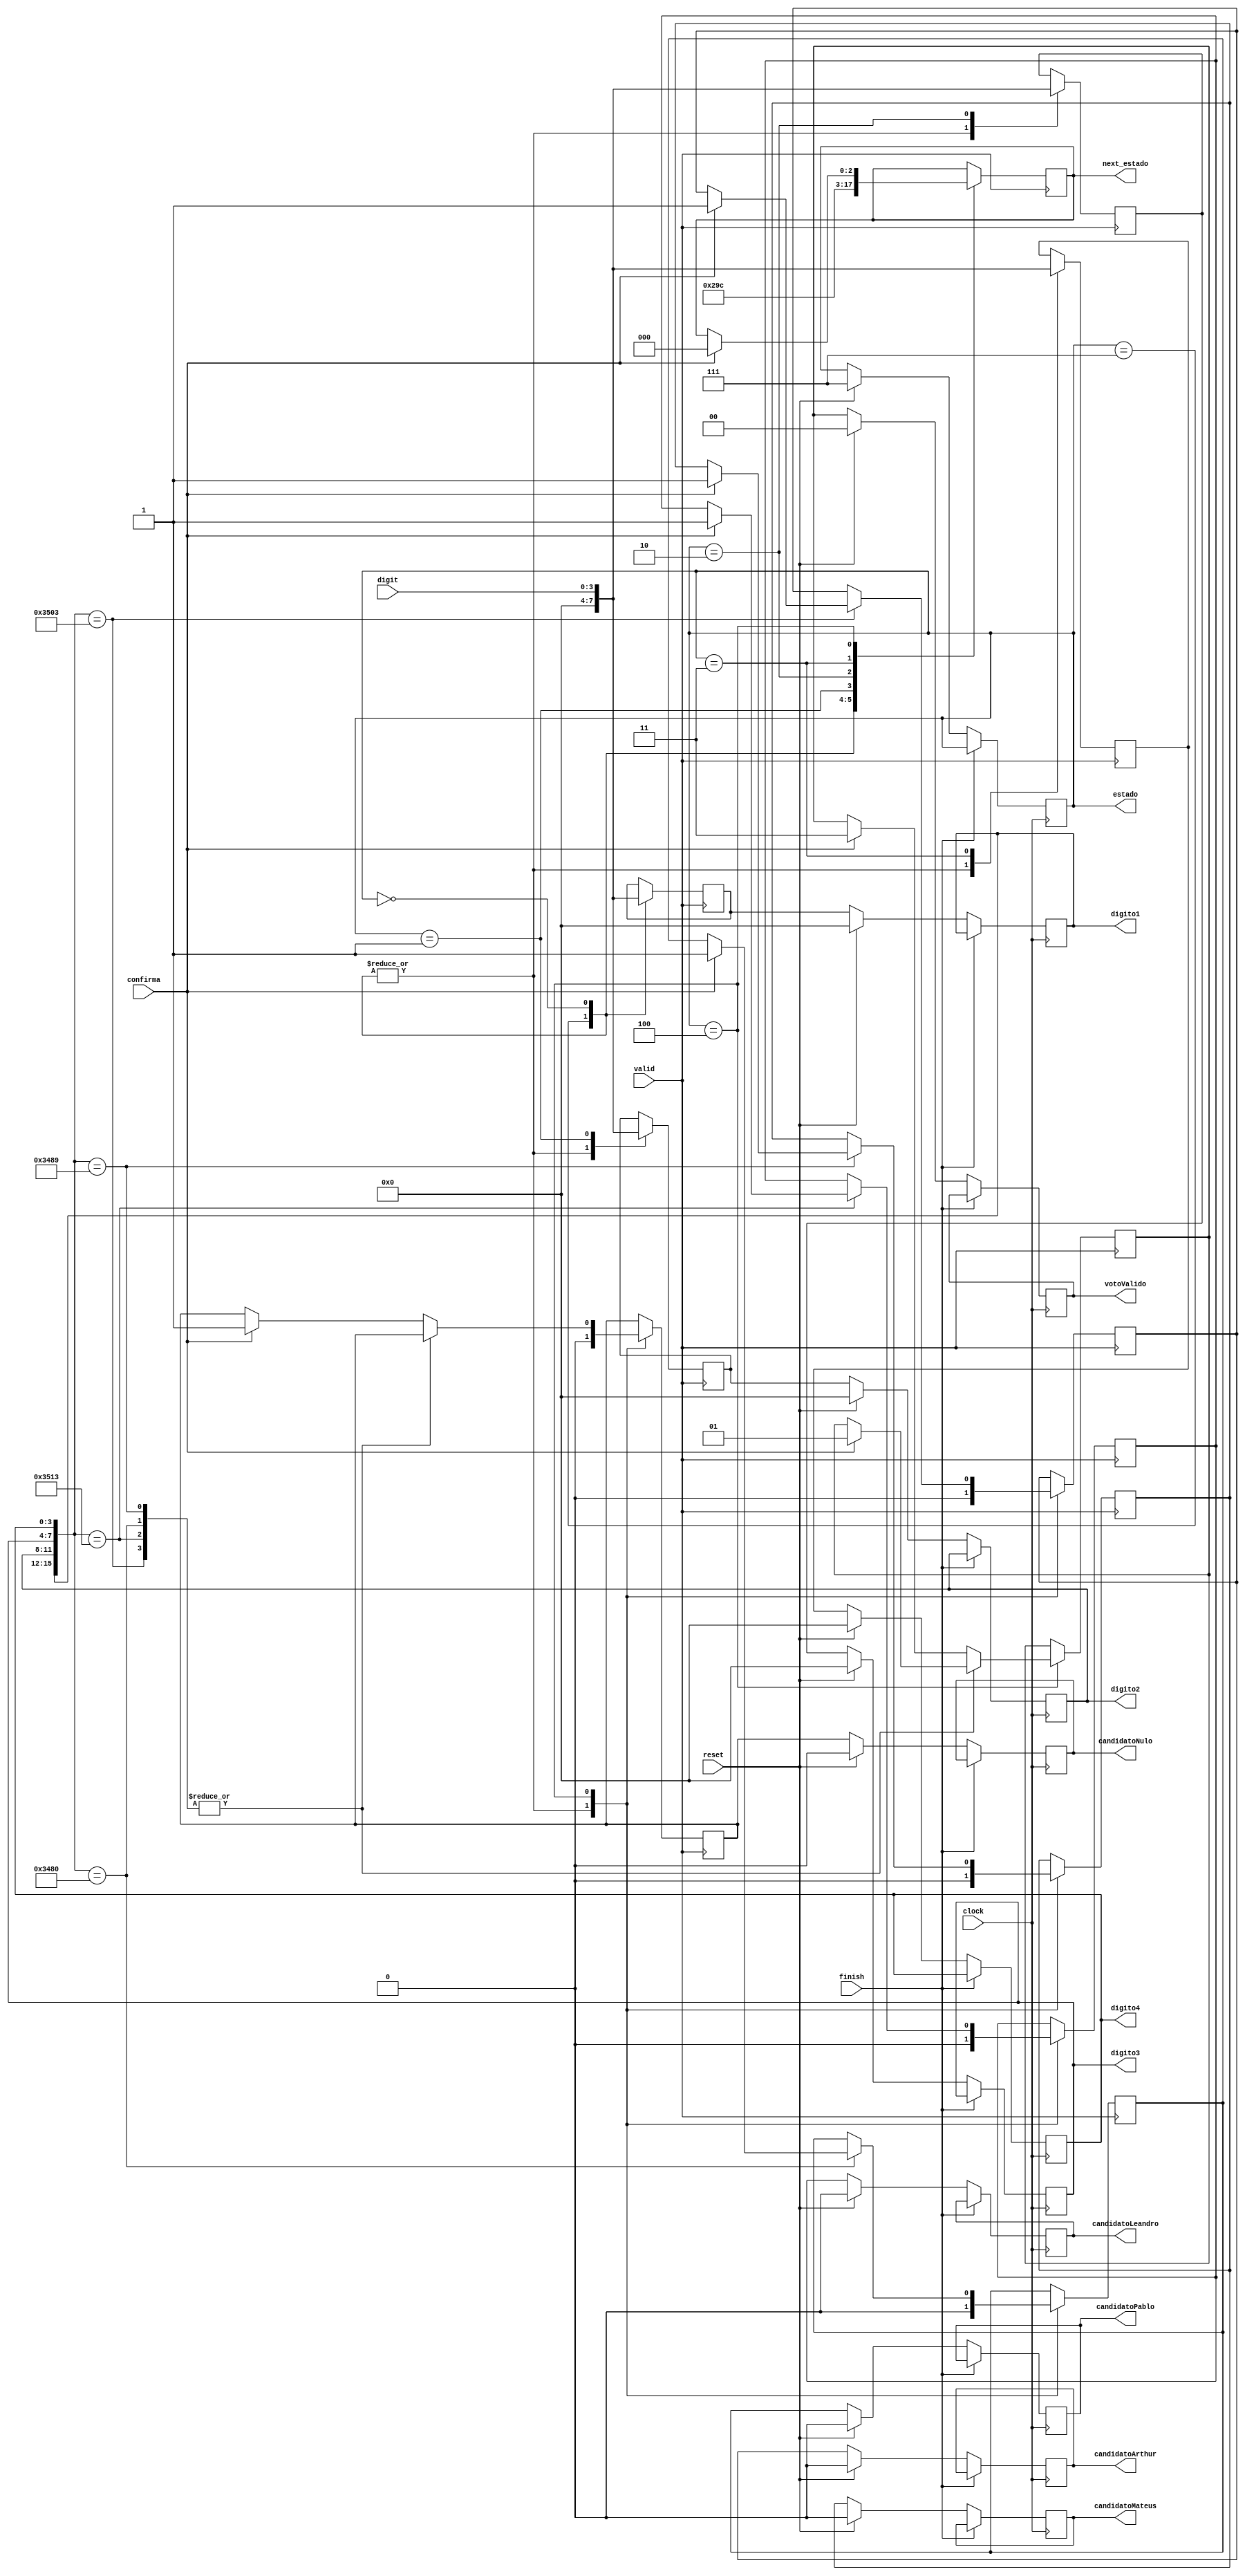
module urna(valid, estado, next_estado, clock, finish, confirma, reset, digit, digito1, digito2, digito3, digito4, candidatoArthur, candidatoLeandro, candidatoMateus, candidatoPablo, candidatoNulo, votoValido);

   input clock, valid, finish, confirma, reset;
   input[3:0] digit;


   output[3:0] digito1, digito2, digito3, digito4;
   output candidatoArthur, candidatoLeandro, candidatoMateus, candidatoPablo, candidatoNulo;
	 output[2:0] estado, next_estado;

    
    reg[3:0] digito1, digito2, digito3, digito4;
    reg[3:0] next_digito1, next_digito2, next_digito3, next_digito4;

    reg[2:0] estado;
    reg[2:0] next_estado;
     
    //Indica se o voto foi vlido ou nulo
    output reg[1:0] votoValido;
    reg[1:0] next_votoValido;

    //Esses registradores servem para indicar para quem foi atribuido o voto
    reg candidatoArthur, candidatoLeandro, candidatoMateus, candidatoPablo, candidatoNulo;
    reg next_candidatoArthur, next_candidatoLeandro, next_candidatoMateus, next_candidatoPablo, next_candidatoNulo;
    
    //Matriculas em BCD para fins de comparao
    parameter matriculaArthur =  16'b0011010100000011;
    parameter matriculaLeandro = 16'b0011010100010011;
    parameter matriculaMateus =  16'b0011010010001001;
    parameter matriculaPablo  =  16'b0011010010000000;
    
    //estados
    parameter aguardando1Dig = 3'b000;
    parameter aguardando2Dig = 3'b001;
    parameter aguardando3Dig = 3'b010;
    parameter aguardando4Dig = 3'b011;
    parameter aguardandoConfirma = 3'b100;
	 parameter resetando = 3'b111;

    //Bloco always responsvel pela mudana de estado
    always @(posedge clock) begin
        if(~finish) begin
            if(reset) begin
		
                candidatoArthur <= 0;
                candidatoLeandro <= 0;
                candidatoMateus <= 0;
                candidatoPablo <= 0;
                candidatoNulo <= 0;

                digito1 <= 0;
                digito2 <= 0;
                digito3 <= 0;
                digito4 <= 0;

                votoValido <= 0;
                estado <= resetando;

            end

            if(~reset) begin

                candidatoArthur <= next_candidatoArthur;
                candidatoLeandro <= next_candidatoLeandro;
                candidatoMateus <= next_candidatoMateus;
                candidatoPablo <= next_candidatoPablo;
                candidatoNulo <= next_candidatoNulo;
		
		//Atribui nos registradores principais os digitos inseridos pelo usurio
                digito1 <= next_digito1;
                digito2 <= next_digito2;
                digito3 <= next_digito3;
                digito4 <= next_digito4;

                votoValido <= next_votoValido;
                estado <= next_estado;

            end
        end
    end

    //Bloco always responsvel por monitorar o input valid. Toda vez que o valid tem borda de subida igual a 1, uma nova ao (novo digito, confirma, reset ou corrige) por parte do usurio foi acionada.
    always @(posedge valid) begin

            case(estado)
		//Toda vez que a urna  resetada esse estado  acionado para resetar os registradores auxiliares
					 resetando: begin
						  next_estado<=aguardando1Dig;
              next_candidatoArthur <= 0;
              next_candidatoLeandro <= 0;
              next_candidatoMateus <= 0;
              next_candidatoPablo <= 0;
              next_candidatoNulo <= 0;

              next_digito1 <= 0;
              next_digito2 <= 0;
              next_digito3 <= 0;
              next_digito4 <= 0;
					 end
		//Alm de zerar todos os registradores auxiliares tambm recebe o primeiro digito
                aguardando1Dig: begin
                    next_candidatoArthur <= 0;
                    next_candidatoLeandro <= 0;
                    next_candidatoMateus <= 0;
                    next_candidatoPablo <= 0;
                    next_candidatoNulo <= 0;


                    next_digito2 <= 0;
                    next_digito3 <= 0;
                    next_digito4 <= 0;
                    next_digito1 <= digit;

						  next_estado <= aguardando2Dig;
                end
		//Recebe o primeiro digito
                aguardando2Dig: begin
                    next_digito2 <= digit;
						  next_estado <= aguardando3Dig;
                end
		//Recebe o terceiro digito
                aguardando3Dig: begin
                    next_digito3 <= digit;
						  next_estado <= aguardando4Dig;
                end
		//Recebe o quarto digito
                aguardando4Dig: begin
                    next_digito4 <= digit;
						  next_estado <= aguardandoConfirma;
                end
		//Caso o confirma tenha sido pressionado ele contabiliza um voto para o candidato com nmero equivalente ao digitado. Caso o nmero no seja sememlhante ao de nenhum cadidato o voto  contabilizado comcomo nulo.
                aguardandoConfirma: begin
                    case({digito1, digito2, digito3, digito4})

                        matriculaArthur: begin
                            if(confirma) begin
                                next_candidatoArthur <= 1;
                                next_votoValido <=1;
										  next_estado <= aguardando1Dig;
                            end
                        end

                        matriculaLeandro: begin
                            if(confirma) begin
                                next_candidatoLeandro <= 1;
                                next_votoValido <=1;
										  next_estado <= aguardando1Dig;
                            end
                        end

                        matriculaMateus: begin
                            if(confirma) begin
                                next_candidatoMateus <= 1;
                                next_votoValido <=1;
										  next_estado <= aguardando1Dig;
                            end
                        end

                        matriculaPablo: begin
                            if(confirma) begin
                                next_candidatoPablo <= 1;
                                next_votoValido <=1;
										  next_estado <= aguardando1Dig;
                            end
                        end

                        default: begin
                            if(confirma) begin
                                next_candidatoNulo <= 1;
                                next_votoValido <=3;
										  next_estado <= aguardando1Dig;
                            end
                        end
                    endcase
                end
            endcase
    end


endmodule